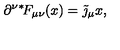
\partial ^ { \nu } { } ^ { * } \! F _ { \mu \nu } ( x ) = \tilde { \jmath } _ { \mu } { x } ,